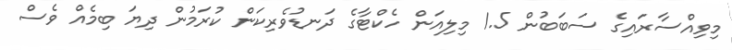
މިވިއްސާރައިގެ ސަބަބުން 1.5 މިލިއަން ހެކްޓާގެ ދަނޑުވެރިކަން ކުރަމުން ދިޔަ ބިމެއް ވެސް